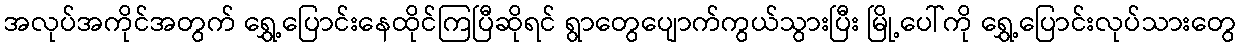
အလုပ်အကိုင်အတွက် ရွှေ့ပြောင်းနေထိုင်ကြပြီဆိုရင် ရွာတွေပျောက်ကွယ်သွားပြီး မြို့ပေါ်ကို ရွှေ့ပြောင်းလုပ်သားတွေ